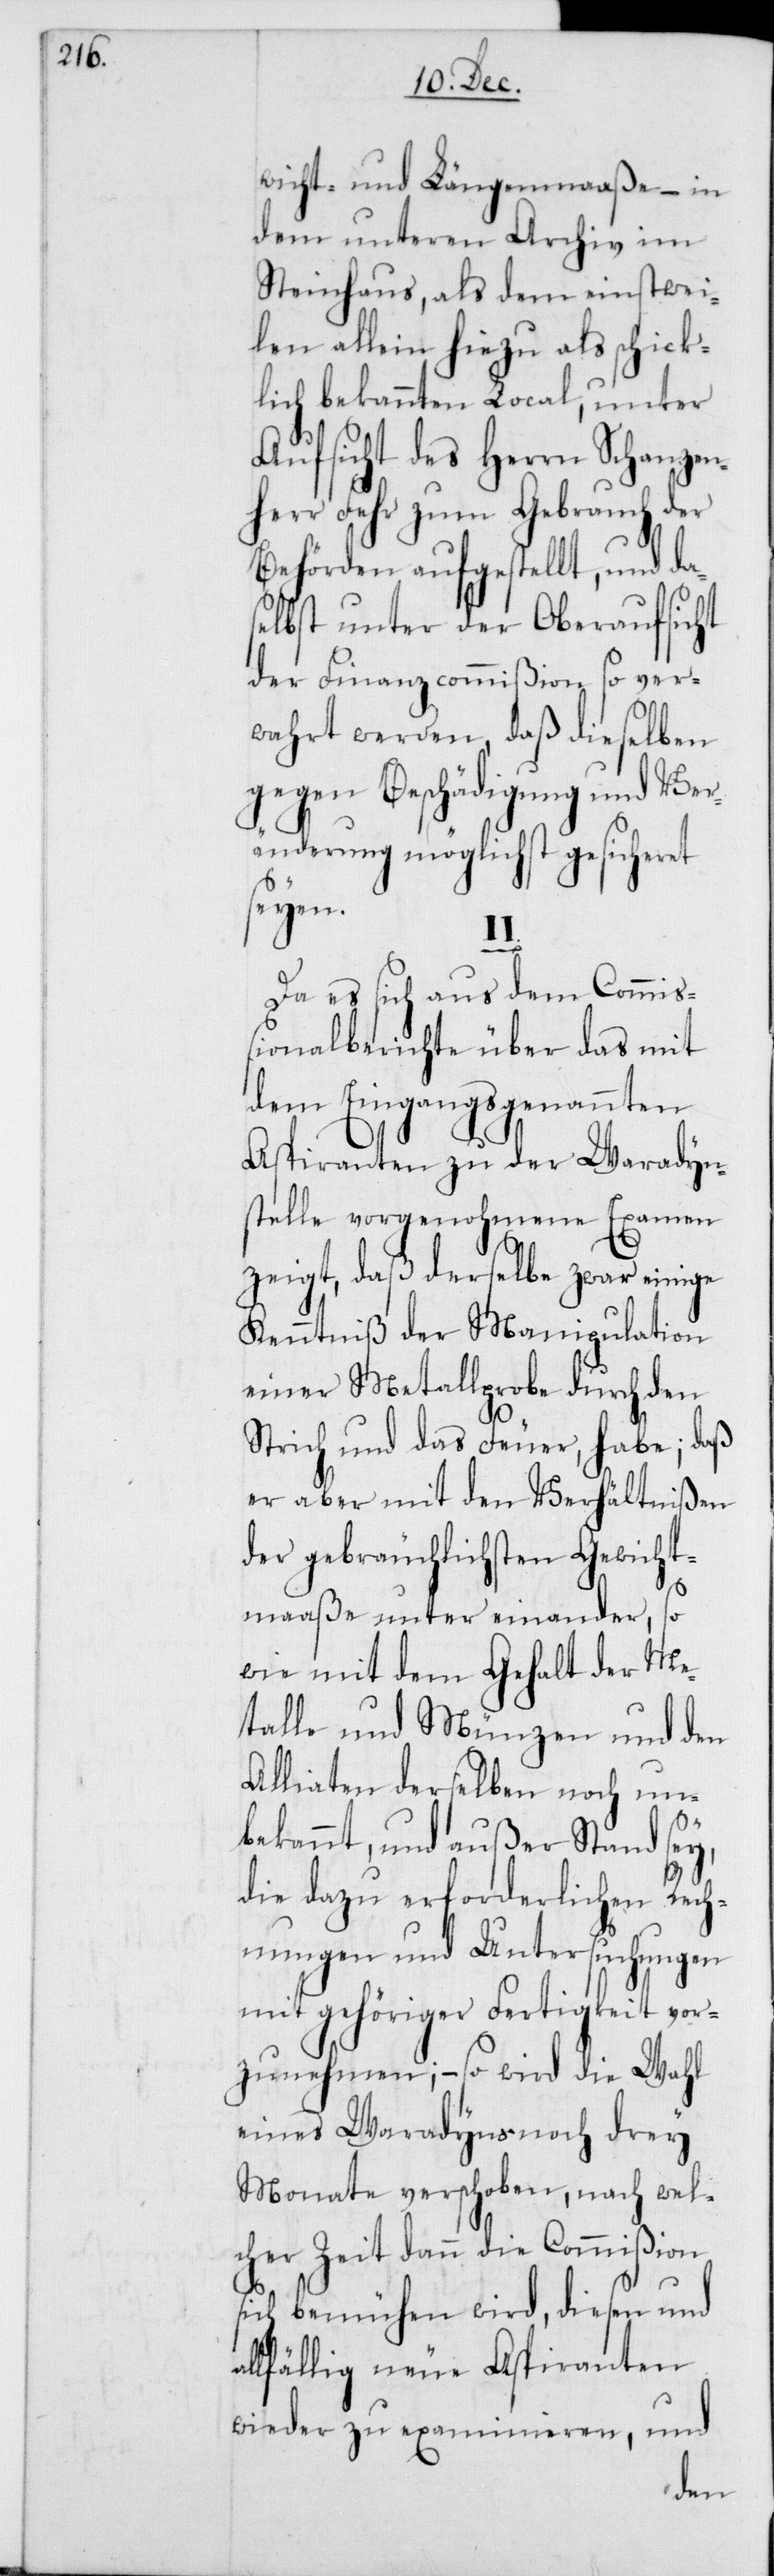
wicht- und Längenmaaße – in
dem unteren Archiv im
Steinhaus, als dem einstwei¬
len allein hiezu als schick¬
lich bekannten Local, unter
Aufsicht des Herrn Schanzen¬
herr Fehr zum Gebrauch der
Behörden aufgestellt, und da¬
selbst unter der Oberaufsicht
der Finanzcommißion so ver¬
wahrt werden, daß dieselben
gegen Beschädigung und Ver¬
änderung möglichst gesicheret
seyen.
Da es sich aus dem Commiß¬
ionalberichte über das mit
dem Eingangs genannten
Aspiranten zu der Waradyn¬
stelle vorgenohmene Examen
zeigt, daß derselbe zwar einige
Kenntniß der Manipulation
einer Metallprobe durch den
Strich und das Feuer, habe; daß
er aber mit den Verhältnißen
der gebräuchlichsten Gewicht¬
maaße unter einander, so
wie mit dem Gehalt der Me¬
talle und Münzen und den
Alliaten derselben noch un¬
bekannt, und außer Stand sey,
die dazu erforderlichen Rech¬
nungen und Untersuchungen
mit gehöriger Fertigkeit vor¬
zunehmen, – so wird die Wahl
eines Waradyns noch drey
Monate verschoben, nach wel¬
cher Zeit dann die Commißion
sich bemühen wird, diesen und
lfällig neue Aspiranten
wieder zu examinieren, und
al¬